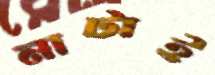
নাটাই